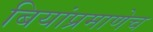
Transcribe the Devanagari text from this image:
बियांप्रमाणेच